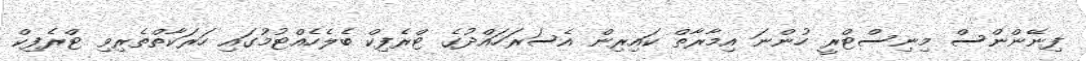
ފިނޭންންސް މިނިސްޓްރީ ހުންނަ އިމާރާތް ކައިރިން އެސަރަހައްދުގެ ޓްރެފިކް ބެލެހެއްޓުމުގައި ހަރަކާތްތެރިވި ޓްރެފިކް